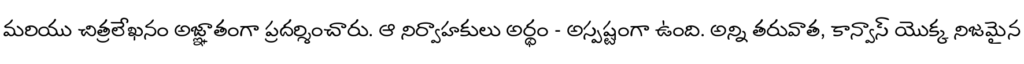
మరియు చిత్రలేఖనం అజ్ఞాతంగా ప్రదర్శించారు. ఆ నిర్వాహకులు అర్థం - అస్పష్టంగా ఉంది. అన్ని తరువాత, కాన్వాస్ యొక్క నిజమైన